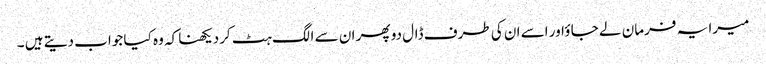
میرا یہ فرمان لے جا ؤاور اسے ان کی طرف ڈال دو پھر ان سے الگ ہٹ کردیکھنا کہ وہ کیا جواب دیتے ہیں ۔